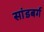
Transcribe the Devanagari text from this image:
सांडबर्ग